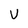
Character: V